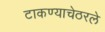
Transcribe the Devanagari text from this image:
टाकण्याचेठरले